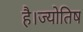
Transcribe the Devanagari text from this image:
है।ज्योतिष